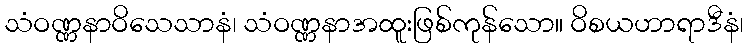
သံဝဏ္ဏနာဝိသေသာနံ၊ သံဝဏ္ဏနာအထူးဖြစ်ကုန်သော။ ဝိစယဟာရာဒီနံ၊